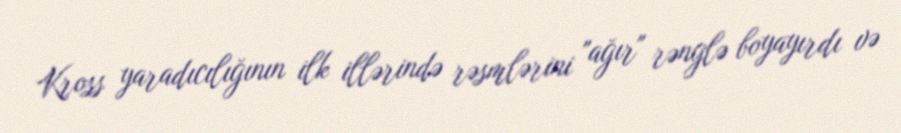
Kross yaradıcılığının ilk illərində rəsmlərini "ağır" rənglə boyayırdı və